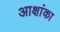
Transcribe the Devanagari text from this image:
आक्षांका